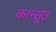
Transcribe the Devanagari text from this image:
कान्सूत